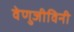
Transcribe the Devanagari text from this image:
वेणुजीविनी